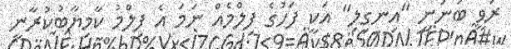
ރަވީ ބުނަނީ "އިނގިލި" އަކީ ފަހުގެ ފިލްމެއް ނަމަ އެ ފިލްމު ކާމިޔާބުކުރާނީ